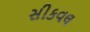
સીકવલ